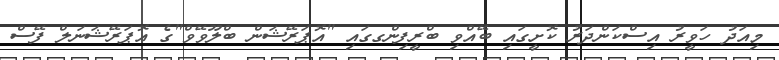
މިއަދު ހަވީރު އިސްކަންދަރު ކޮށީގައި ބޭއްވި ބްރީފިންގގައި "އޮޕަރޭޝަން ބްލޫވޭވް"ގެ އޮޕަރޭޝަނަލް ފޭސް